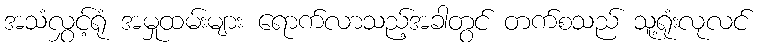
အသံလွှင့်ရုံ အမှုထမ်းများ ရောက်လာသည့်အခါတွင် တက်စသည် သူ့ရုံးလုလင်